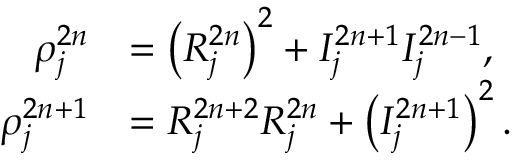
\begin{array} { r l } { \rho _ { j } ^ { 2 n } } & { = \left( { \cal R } _ { j } ^ { 2 n } \right) ^ { 2 } + { \cal I } _ { j } ^ { 2 n + 1 } { \cal I } _ { j } ^ { 2 n - 1 } , } \\ { \rho _ { j } ^ { 2 n + 1 } } & { = { \cal R } _ { j } ^ { 2 n + 2 } { \cal R } _ { j } ^ { 2 n } + \left( { \cal I } _ { j } ^ { 2 n + 1 } \right) ^ { 2 } . } \end{array}